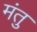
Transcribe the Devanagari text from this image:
मंतु